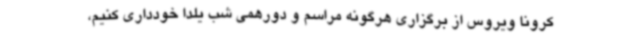
کرونا ویروس از برگزاری هرگونه مراسم و دورهمی شب یلدا خودداری کنیم،